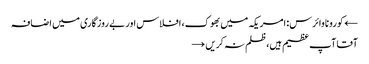
← کورونا وائرس: امریکہ میں بھوک، افلاس اور بے روزگاری میں اضافہ
آقا آپ عظیم ہیں، ظلم نہ کریں →